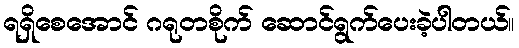
ရရှိစေအောင် ဂရုတစိုက် ဆောင်ရွက်ပေးခဲ့ပါတယ်။